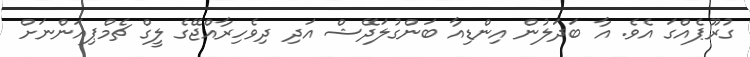
ގުރޫޕެއްގަ އެވެ. އާ ބަދަލުން އިންޑިއާ ބަންގުލަދޭޝް އަދި ދިވެހިރާއްޖޭގެ ލީގް ޗެމްޕިއަންނަށް